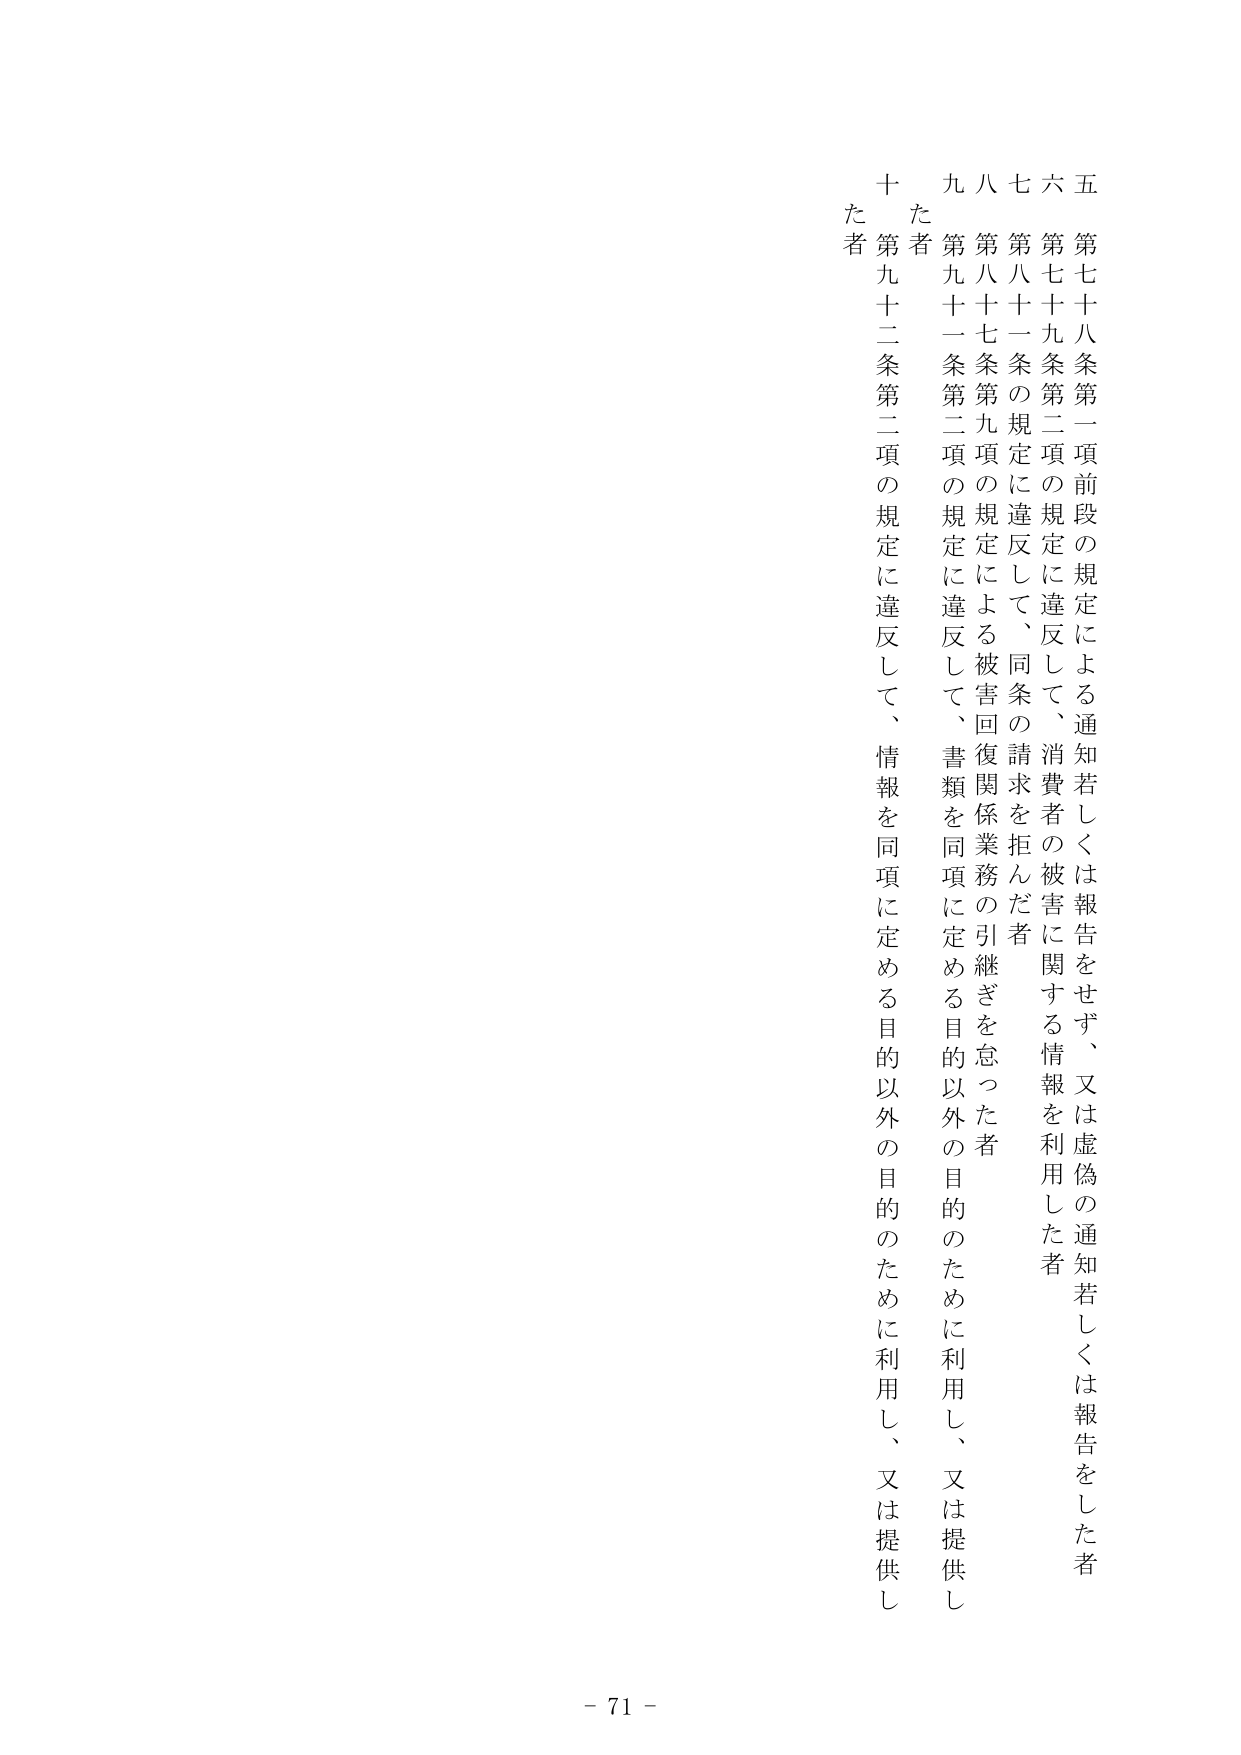
五 第七十八条第一項前段の規定による通知若しくは報告をせず、又は虚偽の通知若しくは報告をした者
六 第七十九条第二項の規定に違反して、消費者の被害に関する情報を利用した者
七 第八十一条の規定に違反して、同条の請求を拒んだ者
八 第八十七条第九項の規定による被害回復関係業務の引継ぎを怠った者
九 第九十一条第二項の規定に違反して、書類を同項に定める目的以外の目的のために利用し、又は提供した者
十 第九十二条第二項の規定に違反して、情報を同項に定める目的以外の目的のために利用し、又は提供した者

- 71 -